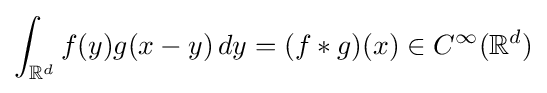
\int _{\mathbb {R} ^{d}}{f}(y)g(x-y)\,dy=(f*g)(x)\in C^{\infty }(\mathbb {R} ^{d})